Mental hospitals Bombay report 1929-33 - 1929-1933
Year: 1929
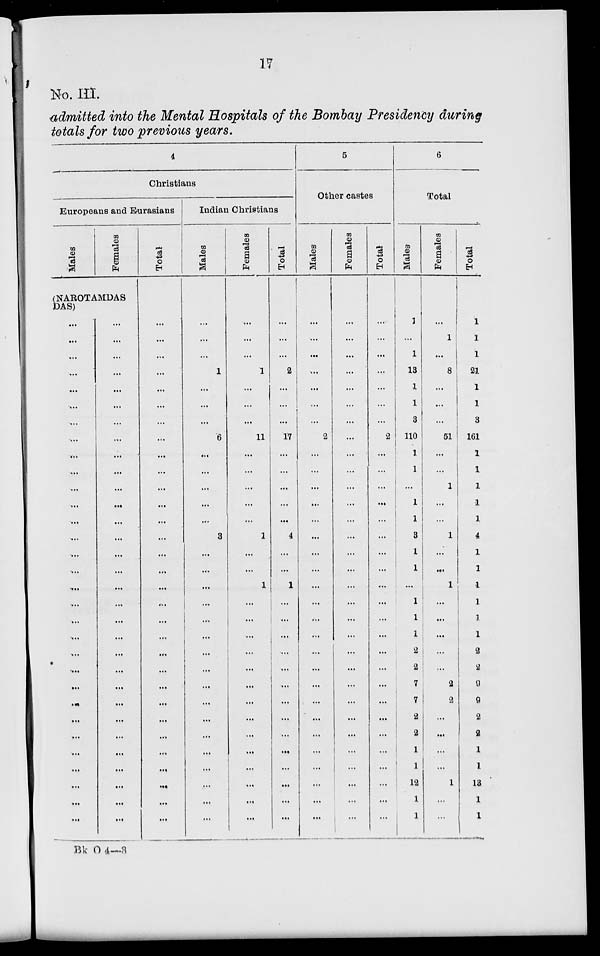
17
No. III.
admitted into the Mental Hospitals of the Bombay Presidency during
totals for two previous years.
4
Christians
Europeans and Eurasians
Males
Females
(NAROTAMDAS
DAS)
...
...
...
...
...
...
...
...
...
...
...
...
...
...
...
...
...
...
...
...
...
...
...
...
...
...
...
...
...
...
...
...
...
...
...
...
...
...
...
...
...
...
...
...
...
...
...
...
...
...
...
...
...
...
...
...
...
...
...
...
...
...
Total
...
...
...
...
...
...
...
...
...
...
...
...
...
...
...
...
...
...
...
...
...
...
...
...
...
...
...
...
...
...
...
Indian Christians
Males
...
...
...
1
...
...
...
6
...
...
...
...
...
3
...
...
...
...
...
...
...
...
...
...
...
...
...
...
...
...
...
Females
...
...
...
1
...
...
...
11
...
...
...
...
...
1
...
...
1
...
...
...
...
...
...
...
...
...
...
...
...
...
...
Total
...
...
...
2
...
...
...
17
...
...
...
...
...
4
...
...
1
...
...
...
...
...
...
...
...
...
...
...
...
...
...
5
Other castes
Males
...
...
...
...
...
...
...
2
...
...
...
...
...
...
...
...
...
...
...
...
...
...
...
...
...
...
...
...
...
...
...
Females
...
...
...
...
...
...
...
...
...
...
...
...
...
...
...
...
...
...
...
...
...
...
...
...
...
...
...
...
...
...
...
Total
...
...
...
...
...
...
...
2
...
...
...
...
...
...
...
...
...
...
...
...
...
...
...
...
...
...
...
...
...
...
...
6
Total
Males
1
...
1
13
1
1
3
110
1
1
...
1
1
3
1
1
...
1
1
1
2
2
7
7
2
2
1
1
12
1
1
Females
...
1
...
8
...
...
...
51
...
...
1
...
...
1
...
...
1
...
...
...
...
...
2
2
...
...
...
...
1
...
...
Total
1
1
1
21
1
1
3
161
1
1
1
1
1
4
1
1
1
1
1
1
2
2
9
9
2
2
1
1
13
1
1
Bk O 4—3